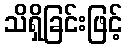
သိရှိခြင်းဖြင့်